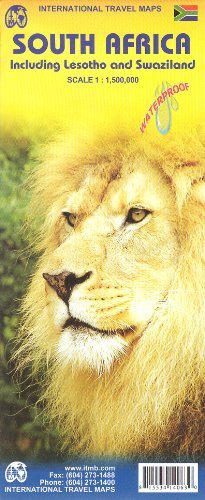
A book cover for South Africa, Lesotho & Swaziland 1:1,500,000 Travel Map with city plans, waterproof, ITMB; ITMB Canada; Travel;